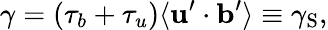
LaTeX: \gamma=(\tau_{b}+\tau_{u})\langle{{\mathbf{u}}^{\prime}\cdot{\mathbf{b}}^{\prime}}\rangle\equiv\gamma_{\mathrm{{S}}},